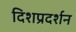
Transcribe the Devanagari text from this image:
दिशप्रदर्शन